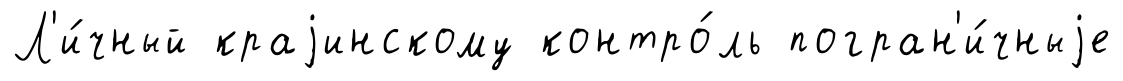
Л'и́чный краjинскому контро́ль погран'и́чныjе